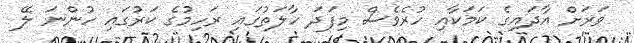
ވަރަށް އާދައިގެ ކަމަކާއި ހުރެވެސް މިފަދަ ހާލަތުގައި ރަހިމުގެ ކަރުގައި ހުންނަ ލޭ